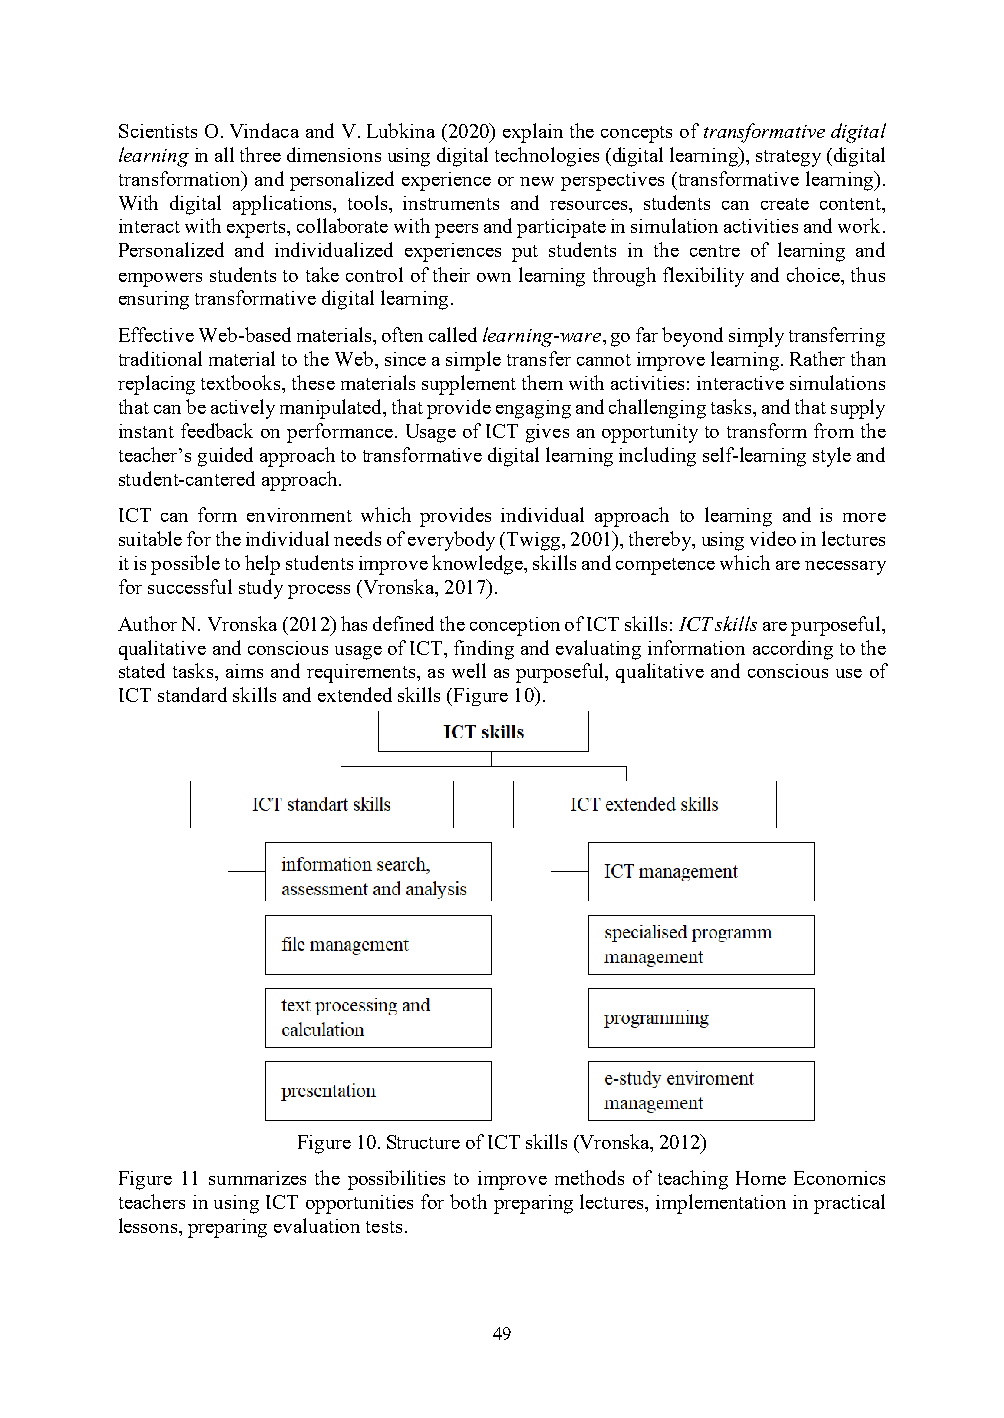
Scientists O. Vindaca and V. Lubkina (2020) explain the concepts of transformative digital
 learning in all three dimensions using digital technologies (digital learning), strategy (digital
 transformation) and personalized experience or new perspectives (transformative learning).
 With digital applications, tools, instruments and resources, students can create content,
 interact with experts, collaborate with peers and participate in simulation activities and work.
 Personalized and individualized experiences put students in the centre of learning and
 empowers students to take control of their own learning through flexibility and choice, thus
 ensuring transformative digital learning.
 Effective Web-based materials, often called learning-ware, go far beyond simply transferring
 traditional material to the Web, since a simple transfer cannot improve learning. Rather than
 replacing textbooks, these materials supplement them with activities: interactive simulations
 that can be actively manipulated, that provide engaging and challenging tasks, and that supply
 instant feedback on performance. Usage of ICT gives an opportunity to transform from the
 teacher’s guided approach to transformative digital learning including self-learning style and
 student-cantered approach.
 ICT can form environment which provides individual approach to learning and is more
 suitable for the individual needs of everybody (Twigg, 2001), thereby, using video in lectures
 it is possible to help students improve knowledge, skills and competence which are necessary
 for successful study process (Vronska, 2017).
 Author N. Vronska (2012) has defined the conception of ICT skills: ICT skills are purposeful,
 qualitative and conscious usage of ICT, finding and evaluating information according to the
 stated tasks, aims and requirements, as well as purposeful, qualitative and conscious use of
 ICT standard skills and extended skills (Figure 10).
 Figure 10. Structure of ICT skills (Vronska, 2012)
 Figure 11 summarizes the possibilities to improve methods of teaching Home Economics
 teachers in using ICT opportunities for both preparing lectures, implementation in practical
 lessons, preparing evaluation tests.
 49